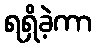
ရရှိခဲ့ကာ